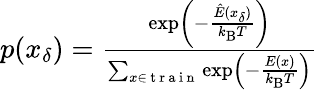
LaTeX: \begin{array}{r}{p(x_{\delta})=\frac{\exp\left(-\frac{\hat{E}(x_{\delta})}{k_{\mathrm{B}}T}\right)}{\sum_{x\in\mathrm{~t~r~a~i~n~}}\exp\left(-\frac{E(x)}{k_{\mathrm{B}}T}\right)}}\end{array}